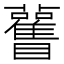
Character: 𥍊